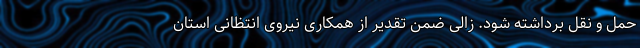
حمل و نقل برداشته شود. زالی ضمن تقدیر از همکاری نیروی انتظانی استان